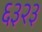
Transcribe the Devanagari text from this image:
६३२३